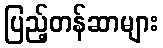
ပြည့်တန်ဆာများ